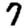
Digit: 7